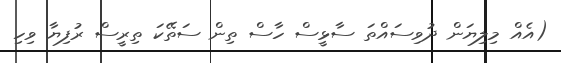
(އެއް މިލިޔަން ދުވިސައްތަ ސާޅީސް ހާސް ތިން ސަތޭކަ ތިރީސް ރުފިޔާ ވިހި